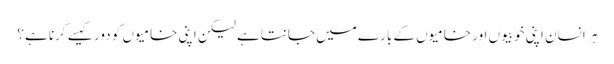
ہر انسان اپنی خوبیوں اور خامیوں کے بارے میں جانتا ہے لیکن اپنی خامیوں کو دور کیسے کرنا ہے؟